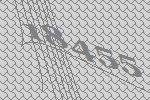
18455